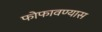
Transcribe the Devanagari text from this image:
फोफावण्यास